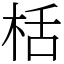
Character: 栝